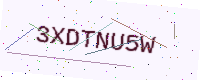
Text: 3XDTNU5W